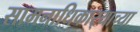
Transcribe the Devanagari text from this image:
सामनाधिकार्‍याच्या